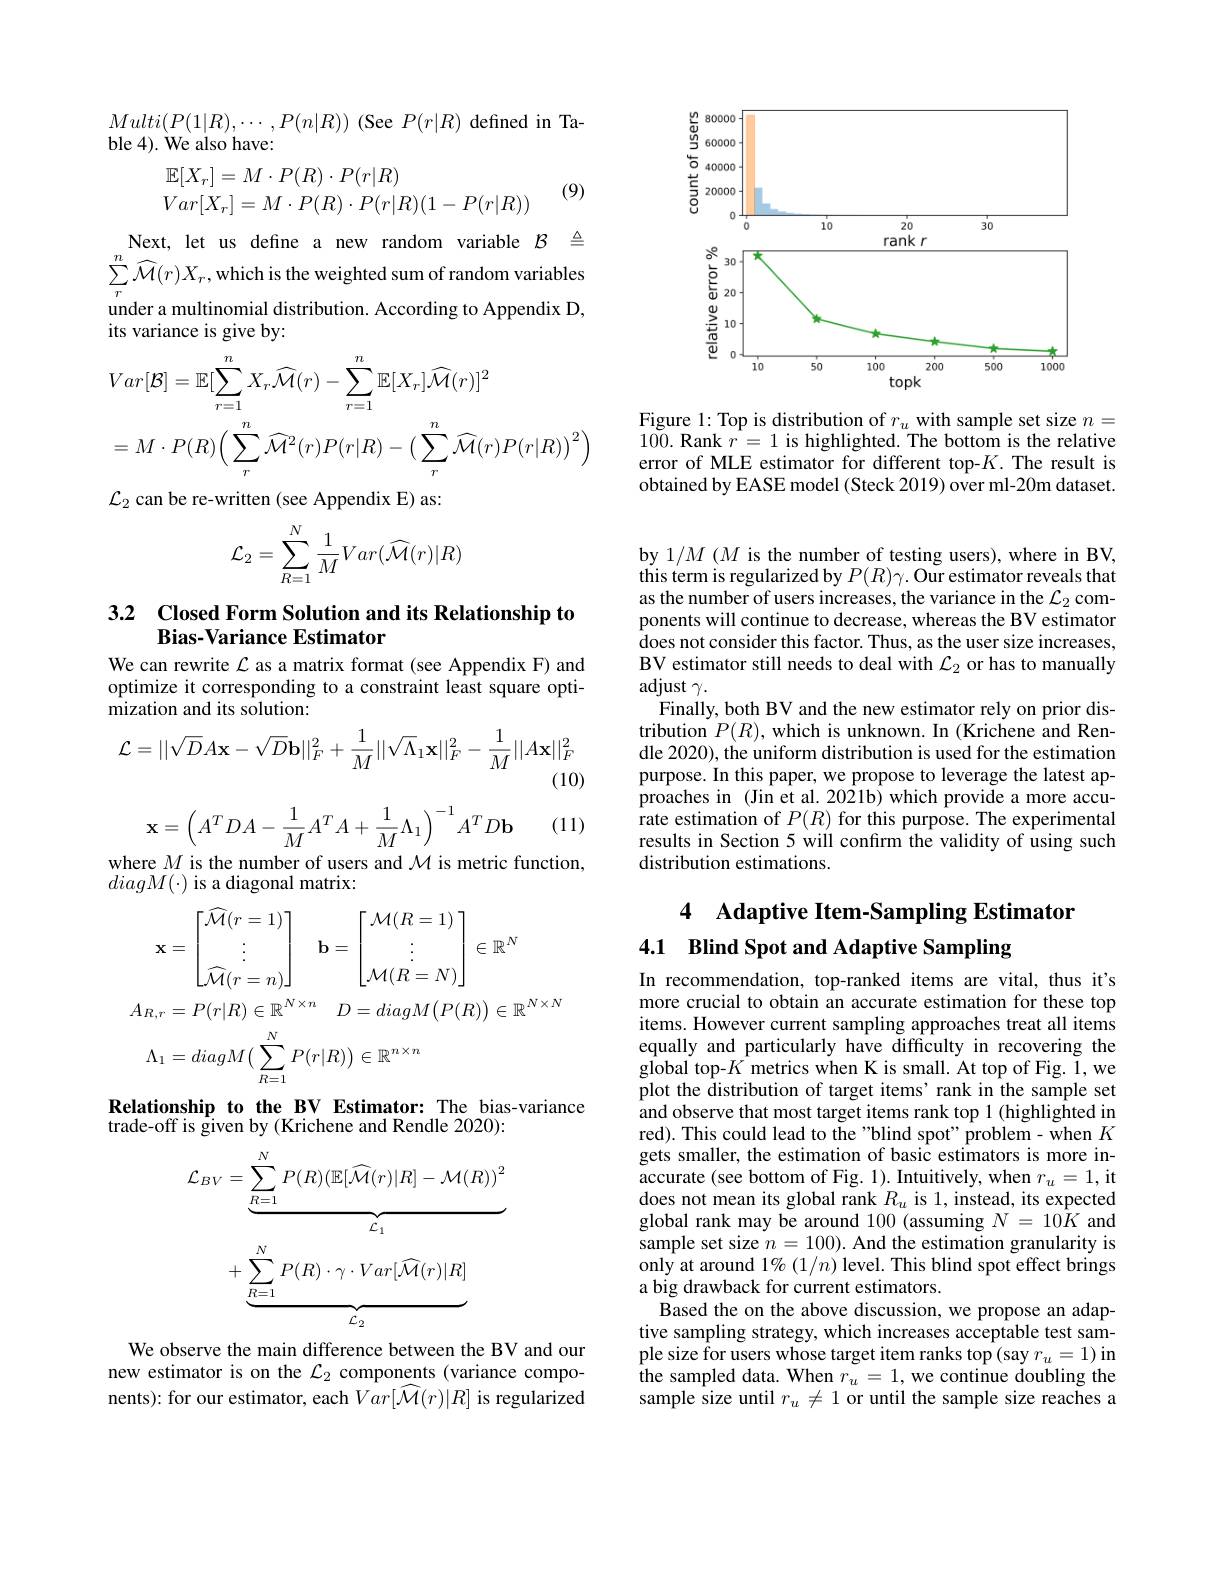
<FigureHere>

Figure 1: Top is distribution of $r_u$ with sample set size $n=$ 100. Rank $r=1$ is highlighted. The bottom is the relative error of MLE estimator for different top-$K.$ The result is obtained by EASE model (Steck 2019) over ml-20m dataset.

$Multi(P(1|R),\cdots,P(n|R))$ (See $P(r|R)$ defined in Ta-
ble 4). We also have:
$$\begin{array}{l}\mathbb{E}[X_r]=M\cdot P(R)\cdot P(r|R)\\Var[X_r]=M\cdot P(R)\cdot P(r|R)(1-P(r|R))\end{array}$$
(9)

Next, let us define a new random variable $\mathcal{B}$ $\triangleq$ $\sum_r^n\widehat{\mathcal{M}}(r)X_r$,which is the weighted sum of random variables under a multinomial distribution. According to Appendix D, its variance is give by:
$$\begin{aligned}&Var[\mathcal{B}]=\mathbb{E}[\sum_{r=1}^{n}X_{r}\widehat{\mathcal{M}}(r)-\sum_{r=1}^{n}\mathbb{E}[X_{r}]\widehat{\mathcal{M}}(r)]^{2}\\&=M\cdot P(R)\Big(\sum_{r}^{n}\widehat{\mathcal{M}}^{2}(r)P(r|R)-\Big(\sum_{r}^{n}\widehat{\mathcal{M}}(r)P(r|R)\Big)^{2}\Big)\end{aligned}$$
$\mathcal{L}_2$ can be re-written (see Appendix E) as:
$$\mathcal{L}_2=\sum\limits_{R=1}^N\frac{1}{M}Var(\widehat{\mathcal{M}}(r)|R)$$
### 3.2 Closed Form Solution and its Relationship to Bias-Variance Estimator

We can rewrite $\mathcal{L}$ as a matrix format (see Appendix F) and optimize it corresponding to a constraint least square opti- $\hat{\text{mization and its solution:}}$
$$\mathcal{L}=||\sqrt{D}A\mathbf{x}-\sqrt{D}\mathbf{b}||_{F}^{2}+\frac{1}{M}||\sqrt{\Lambda}_{1}\mathbf{x}||_{F}^{2}-\frac{1}{M}||A\mathbf{x}||_{F}^{2}$$
(10)

(11)
$$\mathbf{x}=\left(A^{T}DA-\frac{1}{M}A^{T}A+\frac{1}{M}\Lambda_{1}\right)^{-1}A^{T}D\mathbf{b}$$
where $M$ is the number of users and $\mathcal{M}$ is metric function,

$diagM(\cdot)$ is a diagonal matrix:
$$\begin{aligned}\mathbf{x}&=\begin{bmatrix}\widehat{\mathcal{M}}(r=1)\\\vdots\\\widehat{\mathcal{M}}(r=n)\end{bmatrix}\quad\mathbf{b}=\begin{bmatrix}\mathcal{M}(R=1)\\\vdots\\\mathcal{M}(R=N)\end{bmatrix}\in\mathbb{R}^{N}\\A_{R,r}&=P(r|R)\in\mathbb{R}^{N\times n}\quad D=diagM\big(P(R)\big)\in\mathbb{R}^{N\times N}\\\Lambda_{1}&=diagM\big(\sum_{R=1}^{N}P(r|R)\big)\in\mathbb{R}^{n\times n}\end{aligned}$$
Relationship to the BV Estimator: The bias-variance
trade-off is given by (Krichene and Rendle 2020):
$$\begin{aligned}\mathcal{L}_{BV}&=\underbrace{\sum_{R=1}^{N}P(R)(\mathbb{E}[\widehat{\mathcal{M}}(r)|R]-\mathcal{M}(R))^{2}}_{\mathcal{L}_{1}}\\&+\underbrace{\sum_{R=1}^{N}P(R)\cdot\gamma\cdot Var[\widehat{\mathcal{M}}(r)|R]}_{\mathcal{L}_{2}}\end{aligned}$$
We observe the main difference between the BV and our new estimator is on the $\mathcal{L}_2$ components (variance components): for our estimator, each $Var[\widehat{\mathcal{M}}(r)|R]$ is regularized

by 1/M ($M$ is the number of testing users), where in BV, this term is regularized by $P(R)\gamma.$ Our estimator reveals that as the number of users increases, the variance in the $\mathcal{L}_2$ components will continue to decrease, whereas the BV estimator does not consider this factor. Thus, as the user size increases, BV estimator still needs to deal with $\mathcal{L}_2$ or has to manually adjust $\gamma.$
Finally, both BV and the new estimator rely on prior dis- $\begin{array}{l}{\text{tribution }P(R),\mathrm{~which~is~unknown.~In~(Krichene~and~Ren-}}\\{\text{dle 2020), the uniform distribution is used for the estimation}}\end{array}$ purpose. In this paper, we propose to leverage the latest approaches in (Jin et al. 2021b) which provide a more accurate estimation of $P(R)$ for this purpose. The experimental results in Section 5 will confirm the validity of using such distribution estimations.

### 4 Adaptive Item-Sampling Estimator 4.1 Blind Spot and Adaptive Sampling

In recommendation, top-ranked items are vital, thus it's more crucial to obtain an accurate estimation for these top items. However current sampling approaches treat all items equally and particularly have difficulty in recovering the global top-$K$ metrics when K is small. At top of Fig. 1,we plot the distribution of target items' rank in the sample set and observe that most target items rank top 1 (highlighted in red). This could lead to the "blind spot" problem- when $K$ gets smaller, the estimation of basic estimators is more inaccurate (see bottom of Fig. 1). Intuitively, when $r_u=1$,it does not mean its global rank $R_u$ is 1, instead, its expected global rank may be around 100 (assuming $N=10\bar{K}$ and sample set size $n=100).$ And the estimation granularity is only at around $1\%(1/n)$ level. This blind spot effect brings a big drawback for current estimators.
Based the on the above discussion, we propose an adaptive sampling strategy, which increases acceptable test sample size for users whose target item ranks top (say $r_u=1)$ in the sampled data. When $r_u=1$, we continue doubling the sample size until $r_u\neq1$ or until the sample size reaches a